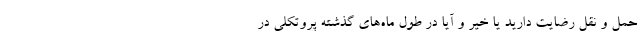
حمل و نقل رضایت دارید یا خیر و آیا در طول ماه‌های گذشته پروتکلی در